Leaving Certificate, 1900
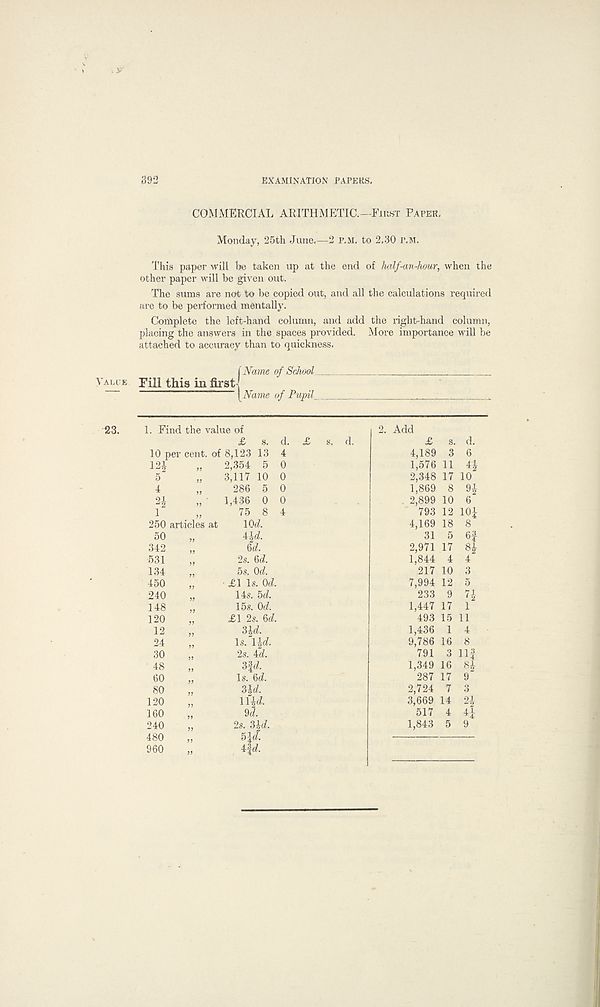
392
EXAMINATION PAPERS.
Value
23.
COMMERCIAL ARITHMETIC.—First Paper,
Monday, 25th June.—2 p.m. to 2.30 P.M.
This paper will be taken up at the end of half-an-hour, when the
other paper will be given out.
The sums are not to be copied out, and all the calculations required
are to be performed mentally.
Complete the left-hand column, and add the right-hand column,
placing the answers in the spaces provided. More importance will be
attached to accuracy than to quickness.
Fill this in first
(Name of School
A \Name of Pupil
, Add £
4,189
1,576
2.348
1,869
. 2,899
793
4,169
31
2,971
1,844
217
7,994
233
1,447
493
1,436
9,786
791
1.349
287
2,724
3,669
517
1,843
s. d.
3 6
11 4|
17 10
8 9J
10 6
12 10^
18 8
5 6f
17 8|
4 4
10 3
17 1
15 11
1 4
16 8
3 Ilf
16 84
17 9
7 3
14 24
4 4j
5 9
1. Find the value of
£ s.
10 per cent, of 8,123 13
12| „ 2,354 5
250 articles at
50 „
342
£31
134
450
240
148
120
12
24
30
48
60
80
120
160
240
480